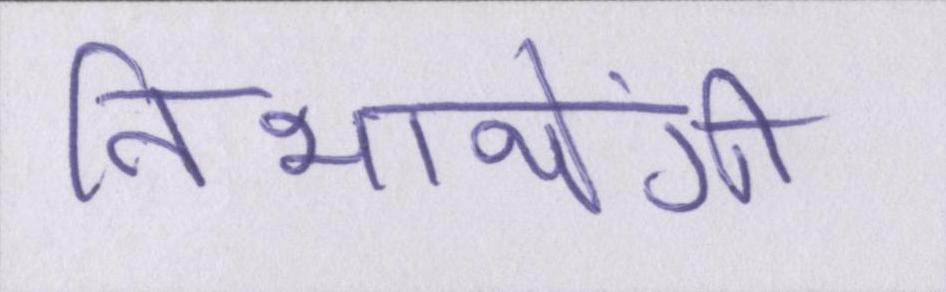
निभायेंगी